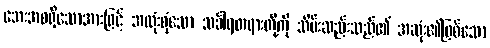
ဘေးအစရှိသောအားဖြင့် အလုံးစုံသော သင်္ခါရတရားတို့ကို သိမ်းဆည်းသည်၏ အဆုံး၏ဖြစ်သော